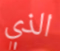
الذي